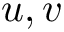
u , v